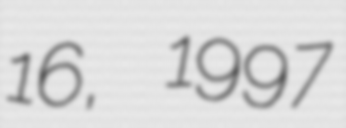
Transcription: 16, 1997